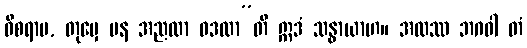
ဝိစရာမ, တုမှေ ပန အညထာ ဝဒထာ”တိ ဣဒံ သန္ဓာယာဟ။ အထဿ ဘဂဝါ တံ